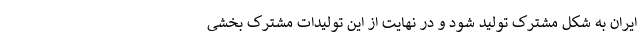
ایران به شکل مشترک تولید شود و در نهایت از این تولیدات مشترک بخشی